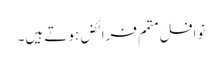
نوافل متمم فرائض ہوتے ہیں۔